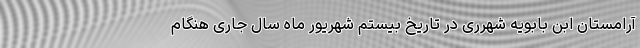
آرامستان ابن بابویه شهرری در تاریخ بیستم شهریور ماه سال جاری هنگام